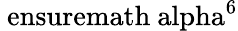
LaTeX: {\mathrm{\ ensuremath{\ alpha}}}^{6}